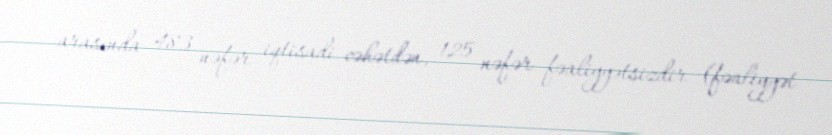
arasında 483 nəfər iqtisadi cəhətdən, 125 nəfər fəaliyyətsizdir (fəaliyyət